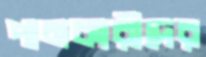
পানকারীদের